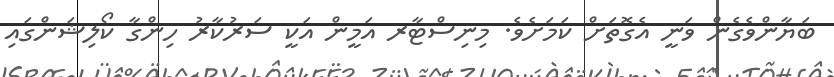
ބަޔާންވެގެން ވަނީ އެގޮތަށް ކަމަށެވެ. މިނިސްޓާރ އަމީން އަކީ ސަރުކާރު ހިންގާ ކޯލިޝަންގައި